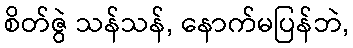
စိတ်ဇွဲ သန်သန်, နောက်မပြန်ဘဲ,